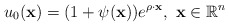
\begin{align*} u_{0}(\mathbf x)=(1+\psi (\mathbf x))e^{\rho\cdot \mathbf x},\ \mathbf x\in \mathbb R^n \end{align*}